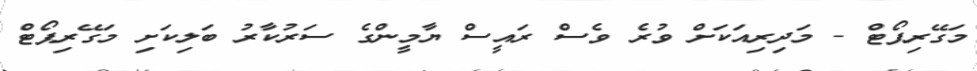
މަގޭރިޕޯޓް - މަދިރިއަކަށް ވުރެ ވެސް ރައީސް ޔާމީންގެ ސަރުކާރު ބަލިކަށި މަގޭރިޕޯޓް